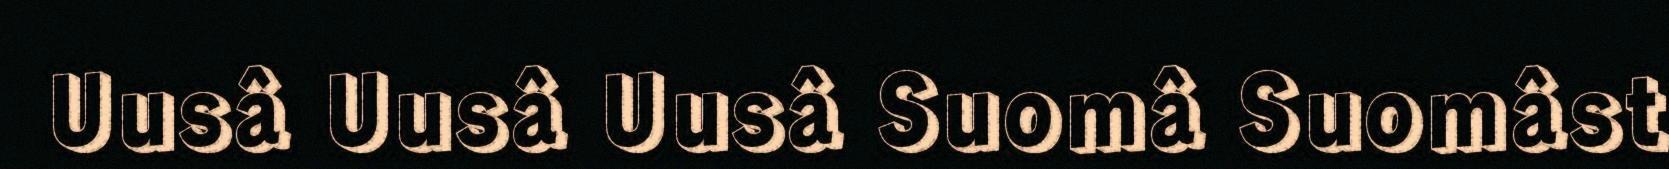
Uusâ Uusâ Uusâ Suomâ Suomâst